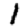
Digit: 1